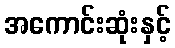
အကောင်းဆုံးနှင့်